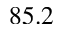
8 5 . 2